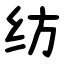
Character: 纺